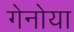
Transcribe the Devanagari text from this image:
गेनोया